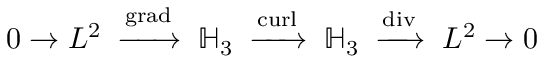
0 \to L ^ { 2 } \; \; { \xrightarrow { \operatorname { g r a d } } } \; \; \mathbb { H } _ { 3 } \; \; { \xrightarrow { \operatorname { c u r l } } } \; \; \mathbb { H } _ { 3 } \; \; { \xrightarrow { \operatorname { d i v } } } \; \; L ^ { 2 } \to 0